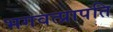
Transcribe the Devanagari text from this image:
भगवत्प्रापति